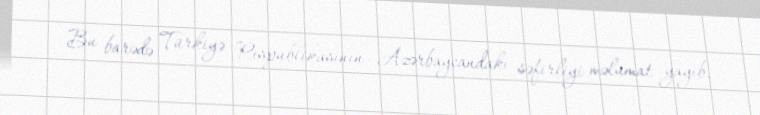
Bu barədə Türkiyə Respublikasının Azərbaycandakı səfirliyi məlumat yayıb.